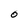
Character: 0